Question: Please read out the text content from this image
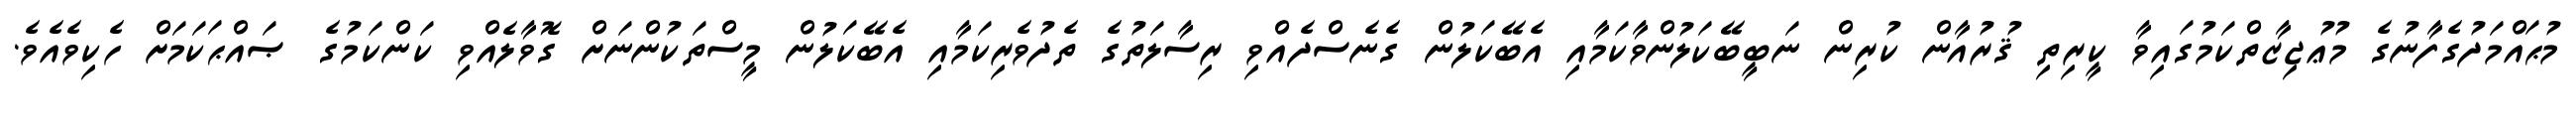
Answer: މުޙައްމަދުގެފާނުގެ މުޢުޖިޒާތްކަމުގައިވާ ކީރިތި ޤުރުއާން ކުރިން ނަބީބޭކަލުންވާކަމާއި އެބޭކަލުން ގެނެސްދެއްވި ރިސާލަތުގެ ތެދުވެރިކަމާއި އެބޭކަލުން މީސްތަކުންނަށް ގޮވާލެއްވި ކަންކަމުގެ ޞައްޙަކަމަށް ހެކިވެއެވެ.